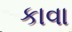
કાવા